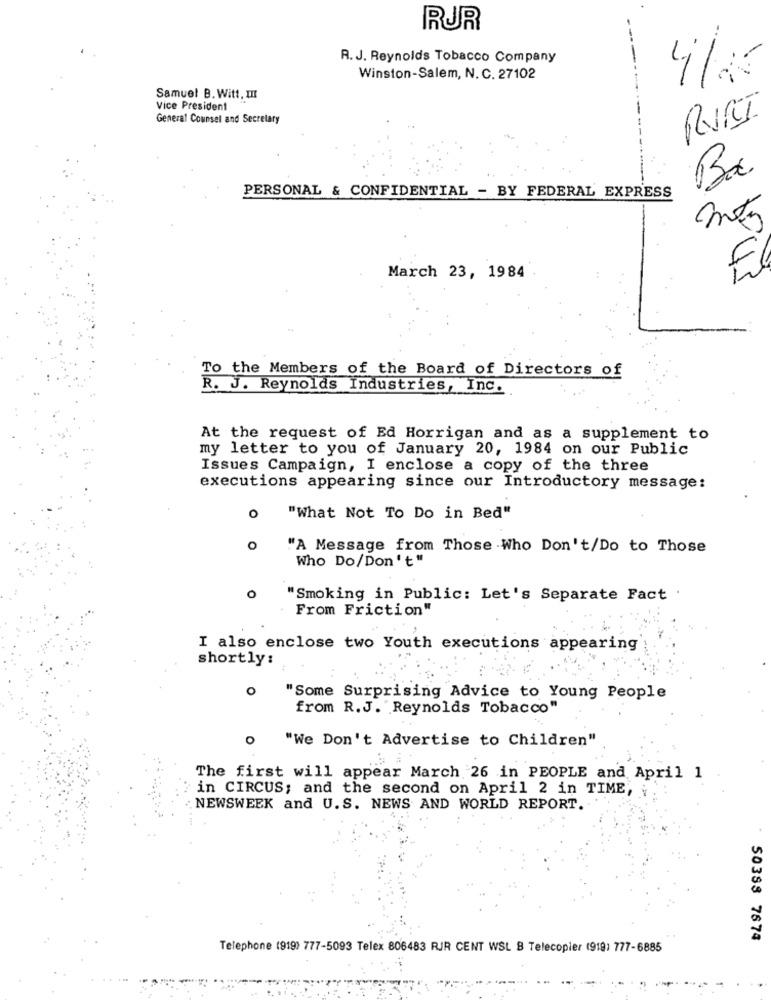
RUR
R. J. Reynolds Tobacco Company
Winston-Salem, N. C. 27102
Samuel B. Witt, III
Vice President
General Counsel and Secretary
Ba
PERSONAL & CONFIDENTIAL - BY FEDERAL EXPRESS
March 23, 1984
E
To the Members of the Board of Directors of
R. J. Reynolds Industries, Inc.
At the request of Ed Horrigan and as a supplement to
my letter to you of January 20, 1984 on our Public
Issues Campaign, I enclose a copy of the three
executions appearing since our Introductory message:
0
"What Not To Do in Bed"
o
"A Message from Those Who Don't/Do to Those
Who Do/Don't"
O
"Smoking in Public: Let's Separate Fact .
From Friction"
I also enclose two Youth executions appearing
shortly:
O
"Some Surprising Advice to Young People
from R.J. "Reynolds Tobacco"
"We Don't Advertise to Children"
0
The first will appear March 26 in PEOPLE and April 1
in CIRCUS; and the second on April 2 in TIME,
NEWSWEEK and U.S. NEWS AND WORLD REPORT.
50383 7674
Telephone (919) 777-5093 Telex 806483 RJR CENT WSL B Telecopier (919) 777-6885
...